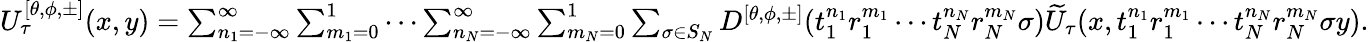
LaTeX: \begin{array}{r}{U_{\tau}^{[\theta,\phi,\pm]}(x,y)=\sum_{n_{1}=-\infty}^{\infty}\sum_{m_{1}=0}^{1}\cdots\sum_{n_{N}=-\infty}^{\infty}\sum_{m_{N}=0}^{1}\sum_{\sigma\in S_{N}}D^{[\theta,\phi,\pm]}(t_{1}^{n_{1}}r_{1}^{m_{1}}\cdots t_{N}^{n_{N}}r_{N}^{m_{N}}\sigma)\widetilde{U}_{\tau}(x,t_{1}^{n_{1}}r_{1}^{m_{1}}\cdots t_{N}^{n_{N}}r_{N}^{m_{N}}\sigma y).}\end{array}